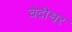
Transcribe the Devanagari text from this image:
चेदीश्वर